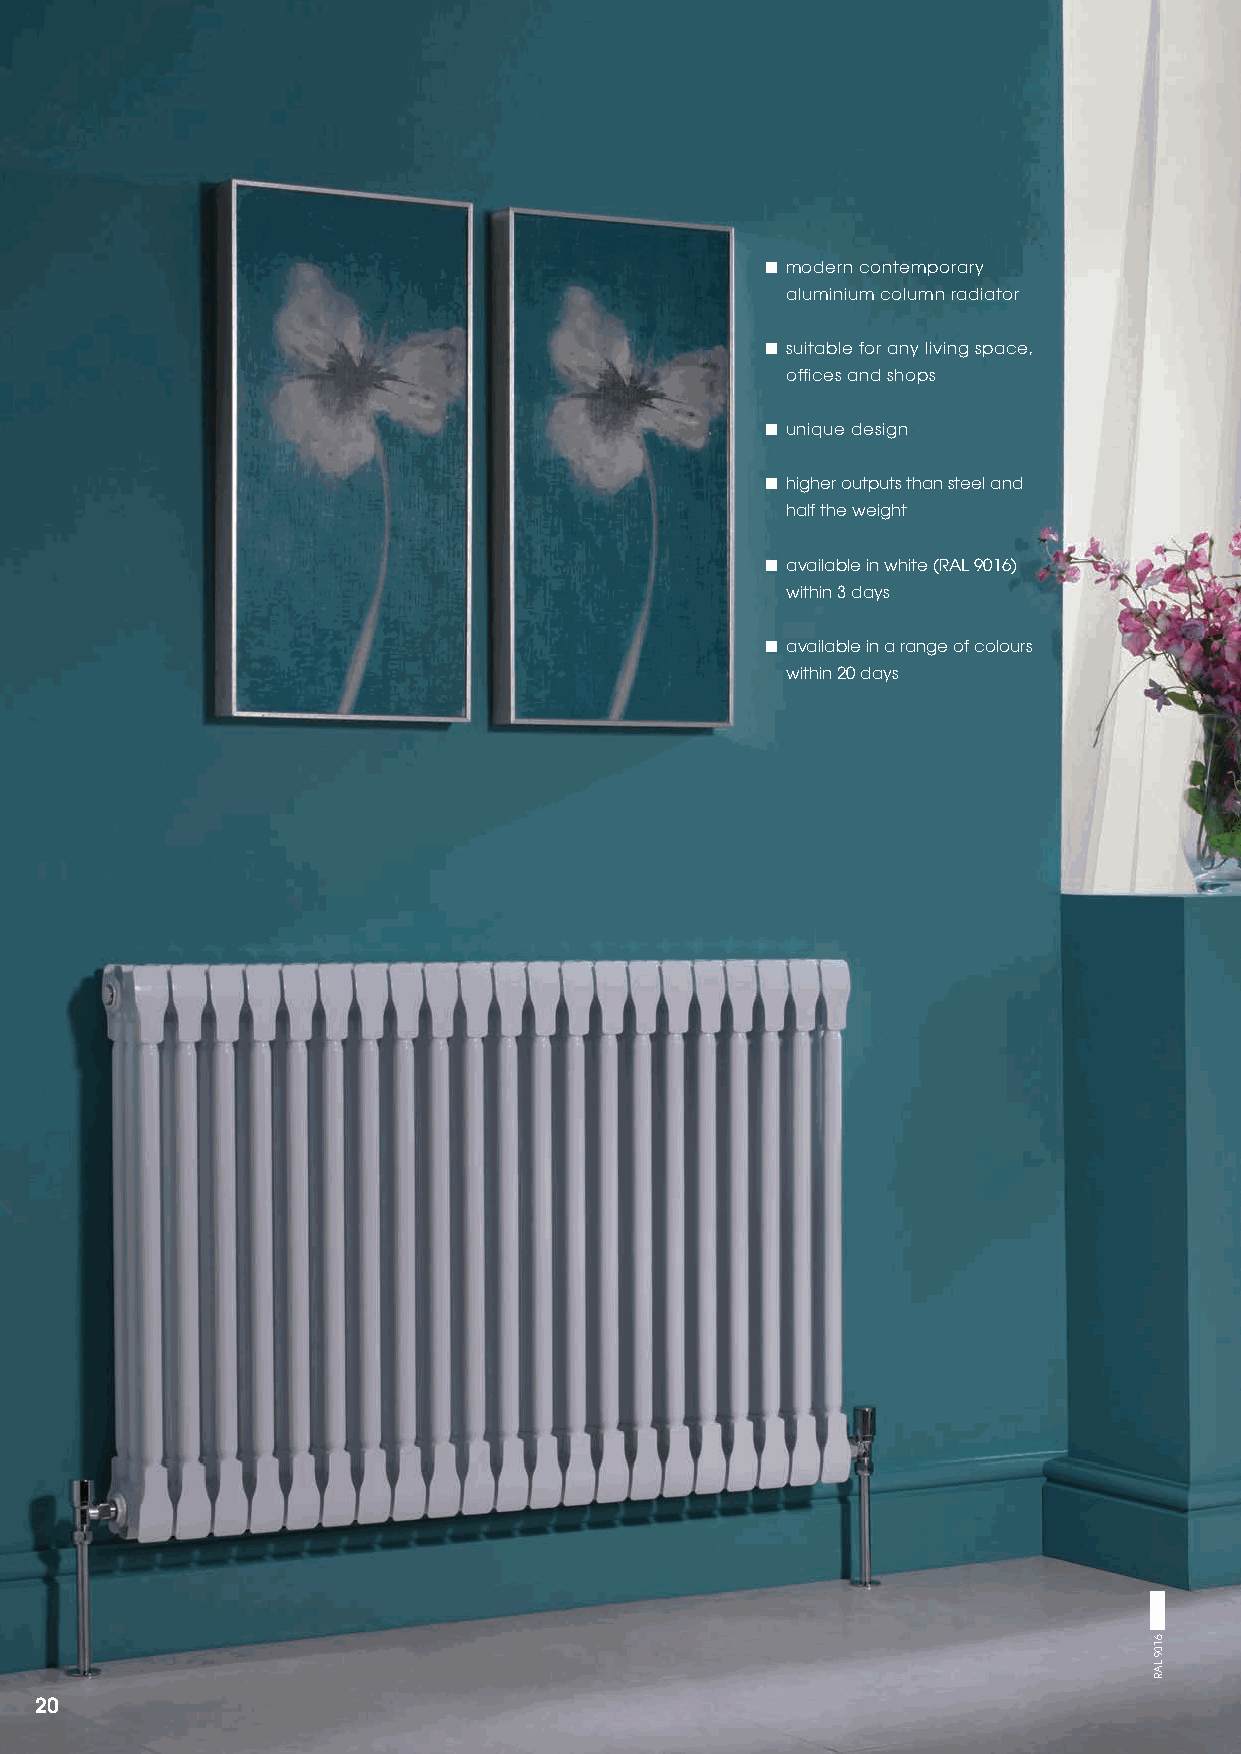
■ modern contemporary
 aluminium column radiator
 ■ suitable for any living space,
 offices and shops
 ■ unique design
 ■ higher outputs than steel and
 half the weight
 ■ available in white (RAL 9016)
 within 3 days
 ■ available in a range of colours
 within 20 days
 20
 6109
 LAR